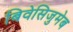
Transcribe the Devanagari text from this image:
बिवेसिजुमेब